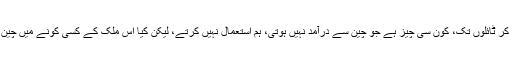
بجلی کے سوئچوں سے لے کر جوتوں اور فرنیچر سے لے کر ٹائلوں تک، کون سی چیز ہے جو چین سے درآمد نہیں ہوتی، ہم استعمال نہیں کرتے، لیکن کیا اس ملک کے کسی کونے میں چین یا جاپان کے کلچر کا کوئی محدود سا اَثر بھی نظر آتا ہے؟